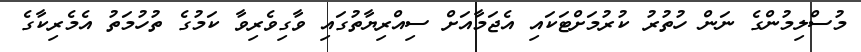
މުސްލިމުންގެ ނަން ހުތުރު ކުރުމަށްޓަކައި އެޖަމާއަށް ސިއްރިޔާތުގައި ވާގިވެރިވާ ކަމުގެ ތުހުމަތު އެމެރިކާގެ